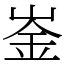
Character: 崟